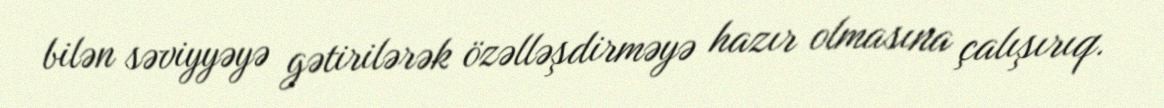
bilən səviyyəyə gətirilərək özəlləşdirməyə hazır olmasına çalışırıq.